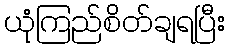
ယုံကြည်စိတ်ချရပြီး